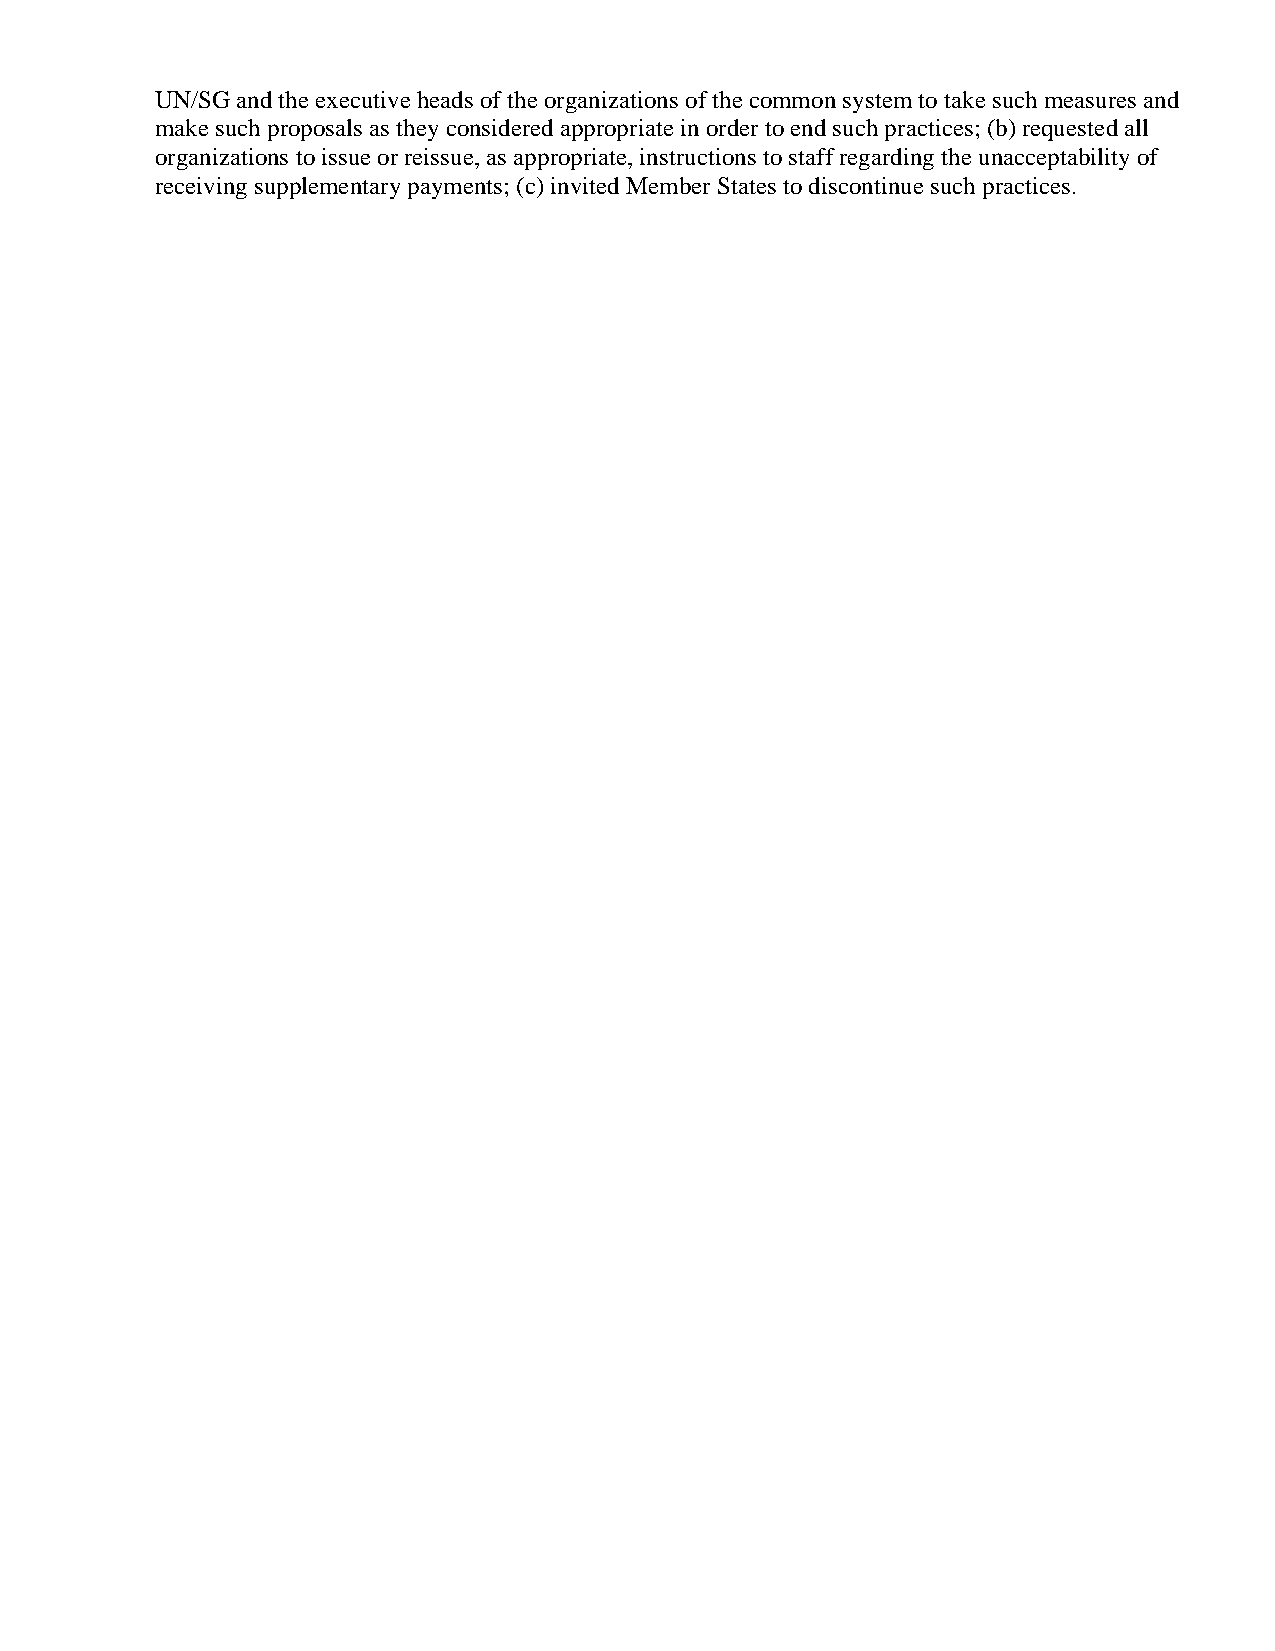
UN/SG and the executive heads of the organizations of the common system to take such measures and
 make such proposals as they considered appropriate in order to end such practices; (b) requested all
 organizations to issue or reissue, as appropriate, instructions to staff regarding the unacceptability of
 receiving supplementary payments; (c) invited Member States to discontinue such practices.